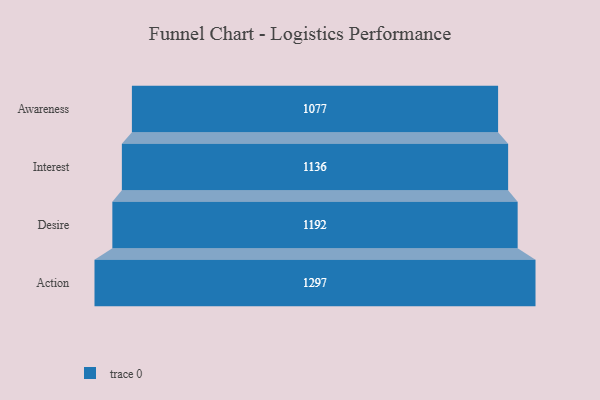
{"axis": {"x": "Stage", "y": "Value"}, "legend": [""], "data": [{"x": "Awareness", "y": 1077.0, "type": ""}, {"x": "Interest", "y": 1136.0, "type": ""}, {"x": "Desire", "y": 1192.0, "type": ""}, {"x": "Action", "y": 1297.0, "type": ""}]}